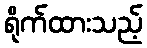
ရိုက်ထားသည့်